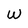
Character: W